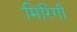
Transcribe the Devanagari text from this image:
मिरिंगी